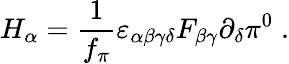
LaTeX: H_{\alpha}={\frac{1}{f_{\pi}}}\varepsilon_{\alpha\beta\gamma\delta}F_{\beta\gamma}\partial_{\delta}\pi^{0}\; .